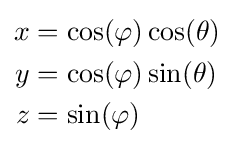
{\begin{aligned}x&=\cos(\varphi )\cos(\theta )\\y&=\cos(\varphi )\sin(\theta )\\z&=\sin(\varphi )\end{aligned}}